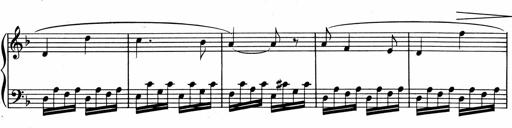
Title: 1Ã¨re Sonatine
Composer: FrÃ©dÃ©ric Binet